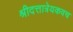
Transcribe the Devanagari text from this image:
श्रीदत्तात्रेयकवच